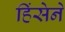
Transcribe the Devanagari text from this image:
हिंसेने